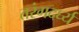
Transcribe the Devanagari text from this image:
तरंगदर्घ्य